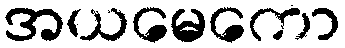
အယမေကော